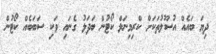
ދިޔަ ބައެއް އުސޫލުތަކަށް ކްރިމިނަލް ކޯޓުން ބަދަލު ގެނައި ވަކި ސަބަބެއް ކޯޓުން